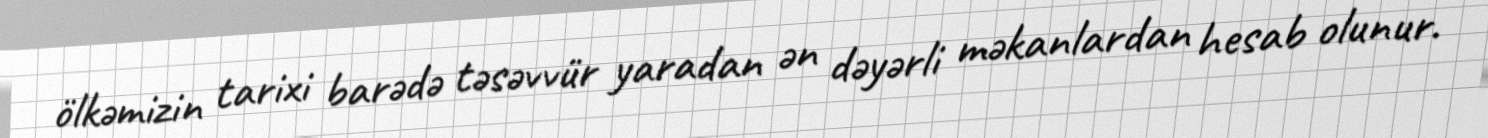
ölkəmizin tarixi barədə təsəvvür yaradan ən dəyərli məkanlardan hesab olunur.